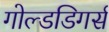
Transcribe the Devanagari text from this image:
गोल्डडिगर्स